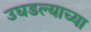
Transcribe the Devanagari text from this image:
उघडल्याच्या